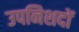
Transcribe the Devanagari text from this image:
उपनिशदों